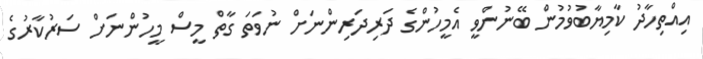
އިއްތިހާދު ކާމިޔާބުވުމުން ބޭނުންވީ އެމީހުންގެ ދަރިދަރިންނަށް ނުވަތަ ގާތް މީސް މީހުންނަށް ސަރުކާރުގެ